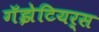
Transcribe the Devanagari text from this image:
गॅझेटियर्स